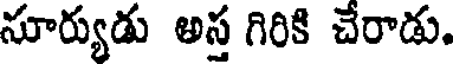
సూర్యుడు అస్త గిరికి చేరాడు.